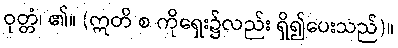
ဝုတ္တံ၊ ၏။ (ဣတိ စ ကိုရှေး၌လည်း ရှိ၍ပေးသည်)။